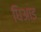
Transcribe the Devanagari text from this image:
धिआइ